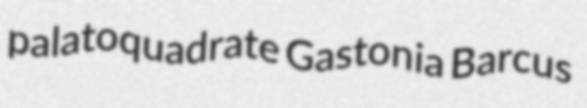
palatoquadrate Gastonia Barcus